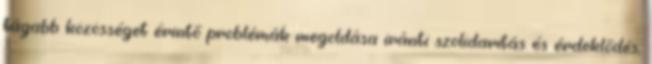
tágabb közösséget érintő problémák megoldása iránti szolidaritás és érdeklődés;